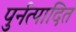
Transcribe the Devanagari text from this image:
पुर्नत्पादित